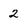
Character: 2